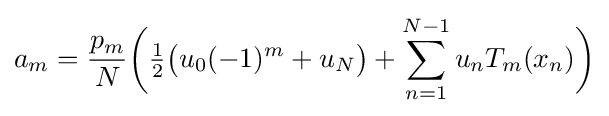
a_{m}={\frac {p_{m}}{N}}{\biggl (}{\tfrac {1}{2}}{\bigl (}u_{0}(-1)^{m}+u_{N}{\bigr )}+\sum _{n=1}^{N-1}u_{n}T_{m}(x_{n}){\biggr )}